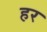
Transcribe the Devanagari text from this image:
हर